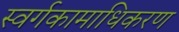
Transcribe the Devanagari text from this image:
स्वर्गकामाधिकरण